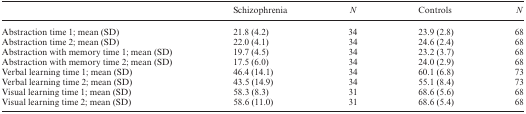
<table><thead><tr><td></td><td><b>Schizophrenia</b></td><td><b><i>N</i></b></td><td><b>Controls</b></td><td><b><i>N</i></b></td></tr></thead><tbody><tr><td>Abstraction time 1; mean (SD)</td><td>21.8 (4.2)</td><td>34</td><td>23.9 (2.8)</td><td>68</td></tr><tr><td>Abstraction time 2; mean (SD)</td><td>22.0 (4.1)</td><td>34</td><td>24.6 (2.4)</td><td>68</td></tr><tr><td>Abstraction with memory time 1; mean (SD)</td><td>19.7 (4.5)</td><td>34</td><td>23.2 (3.7)</td><td>68</td></tr><tr><td>Abstraction with memory time 2; mean (SD)</td><td>17.5 (6.0)</td><td>34</td><td>24.0 (2.9)</td><td>68</td></tr><tr><td>Verbal learning time 1; mean (SD)</td><td>46.4 (14.1)</td><td>34</td><td>60.1 (6.8)</td><td>73</td></tr><tr><td>Verbal learning time 2; mean (SD)</td><td>43.5 (14.9)</td><td>34</td><td>55.1 (8.4)</td><td>73</td></tr><tr><td>Visual learning time 1; mean (SD)</td><td>58.3 (8.3)</td><td>31</td><td>68.6 (5.6)</td><td>68</td></tr><tr><td>Visual learning time 2; mean (SD)</td><td>58.6 (11.0)</td><td>31</td><td>68.6 (5.4)</td><td>68</td></tr></tbody></table>